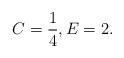
LaTeX: \begin{align*}C=\frac{1}{4},E=2.\end{align*}